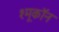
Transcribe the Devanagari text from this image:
श्मूकॉन